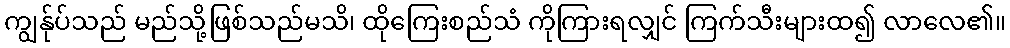
ကျွန်ုပ်သည် မည်သို့ဖြစ်သည်မသိ၊ ထိုကြေးစည်သံ ကိုကြားရလျှင် ကြက်သီးများထ၍ လာလေ၏။